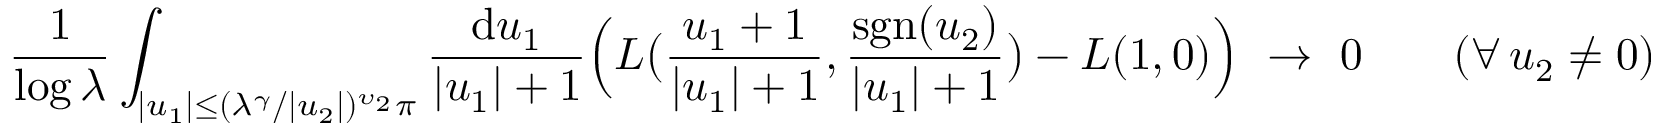
\frac { 1 } { \log \lambda } \int _ { | u _ { 1 } | \le ( \lambda ^ { \gamma } / | u _ { 2 } | ) ^ { \upsilon _ { 2 } } \pi } \frac { \mathrm d u _ { 1 } } { | u _ { 1 } | + 1 } \Big ( L \big ( \frac { u _ { 1 } + 1 } { | u _ { 1 } | + 1 } , \frac { \mathrm { s g n } ( u _ { 2 } ) } { | u _ { 1 } | + 1 } \big ) - L ( 1 , 0 ) \Big ) \ \to \ 0 \qquad ( \forall \, u _ { 2 } \ne 0 )